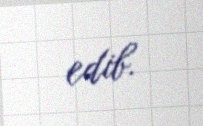
edib.